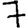
Digit: 7